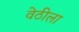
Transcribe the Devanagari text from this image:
वेठीला